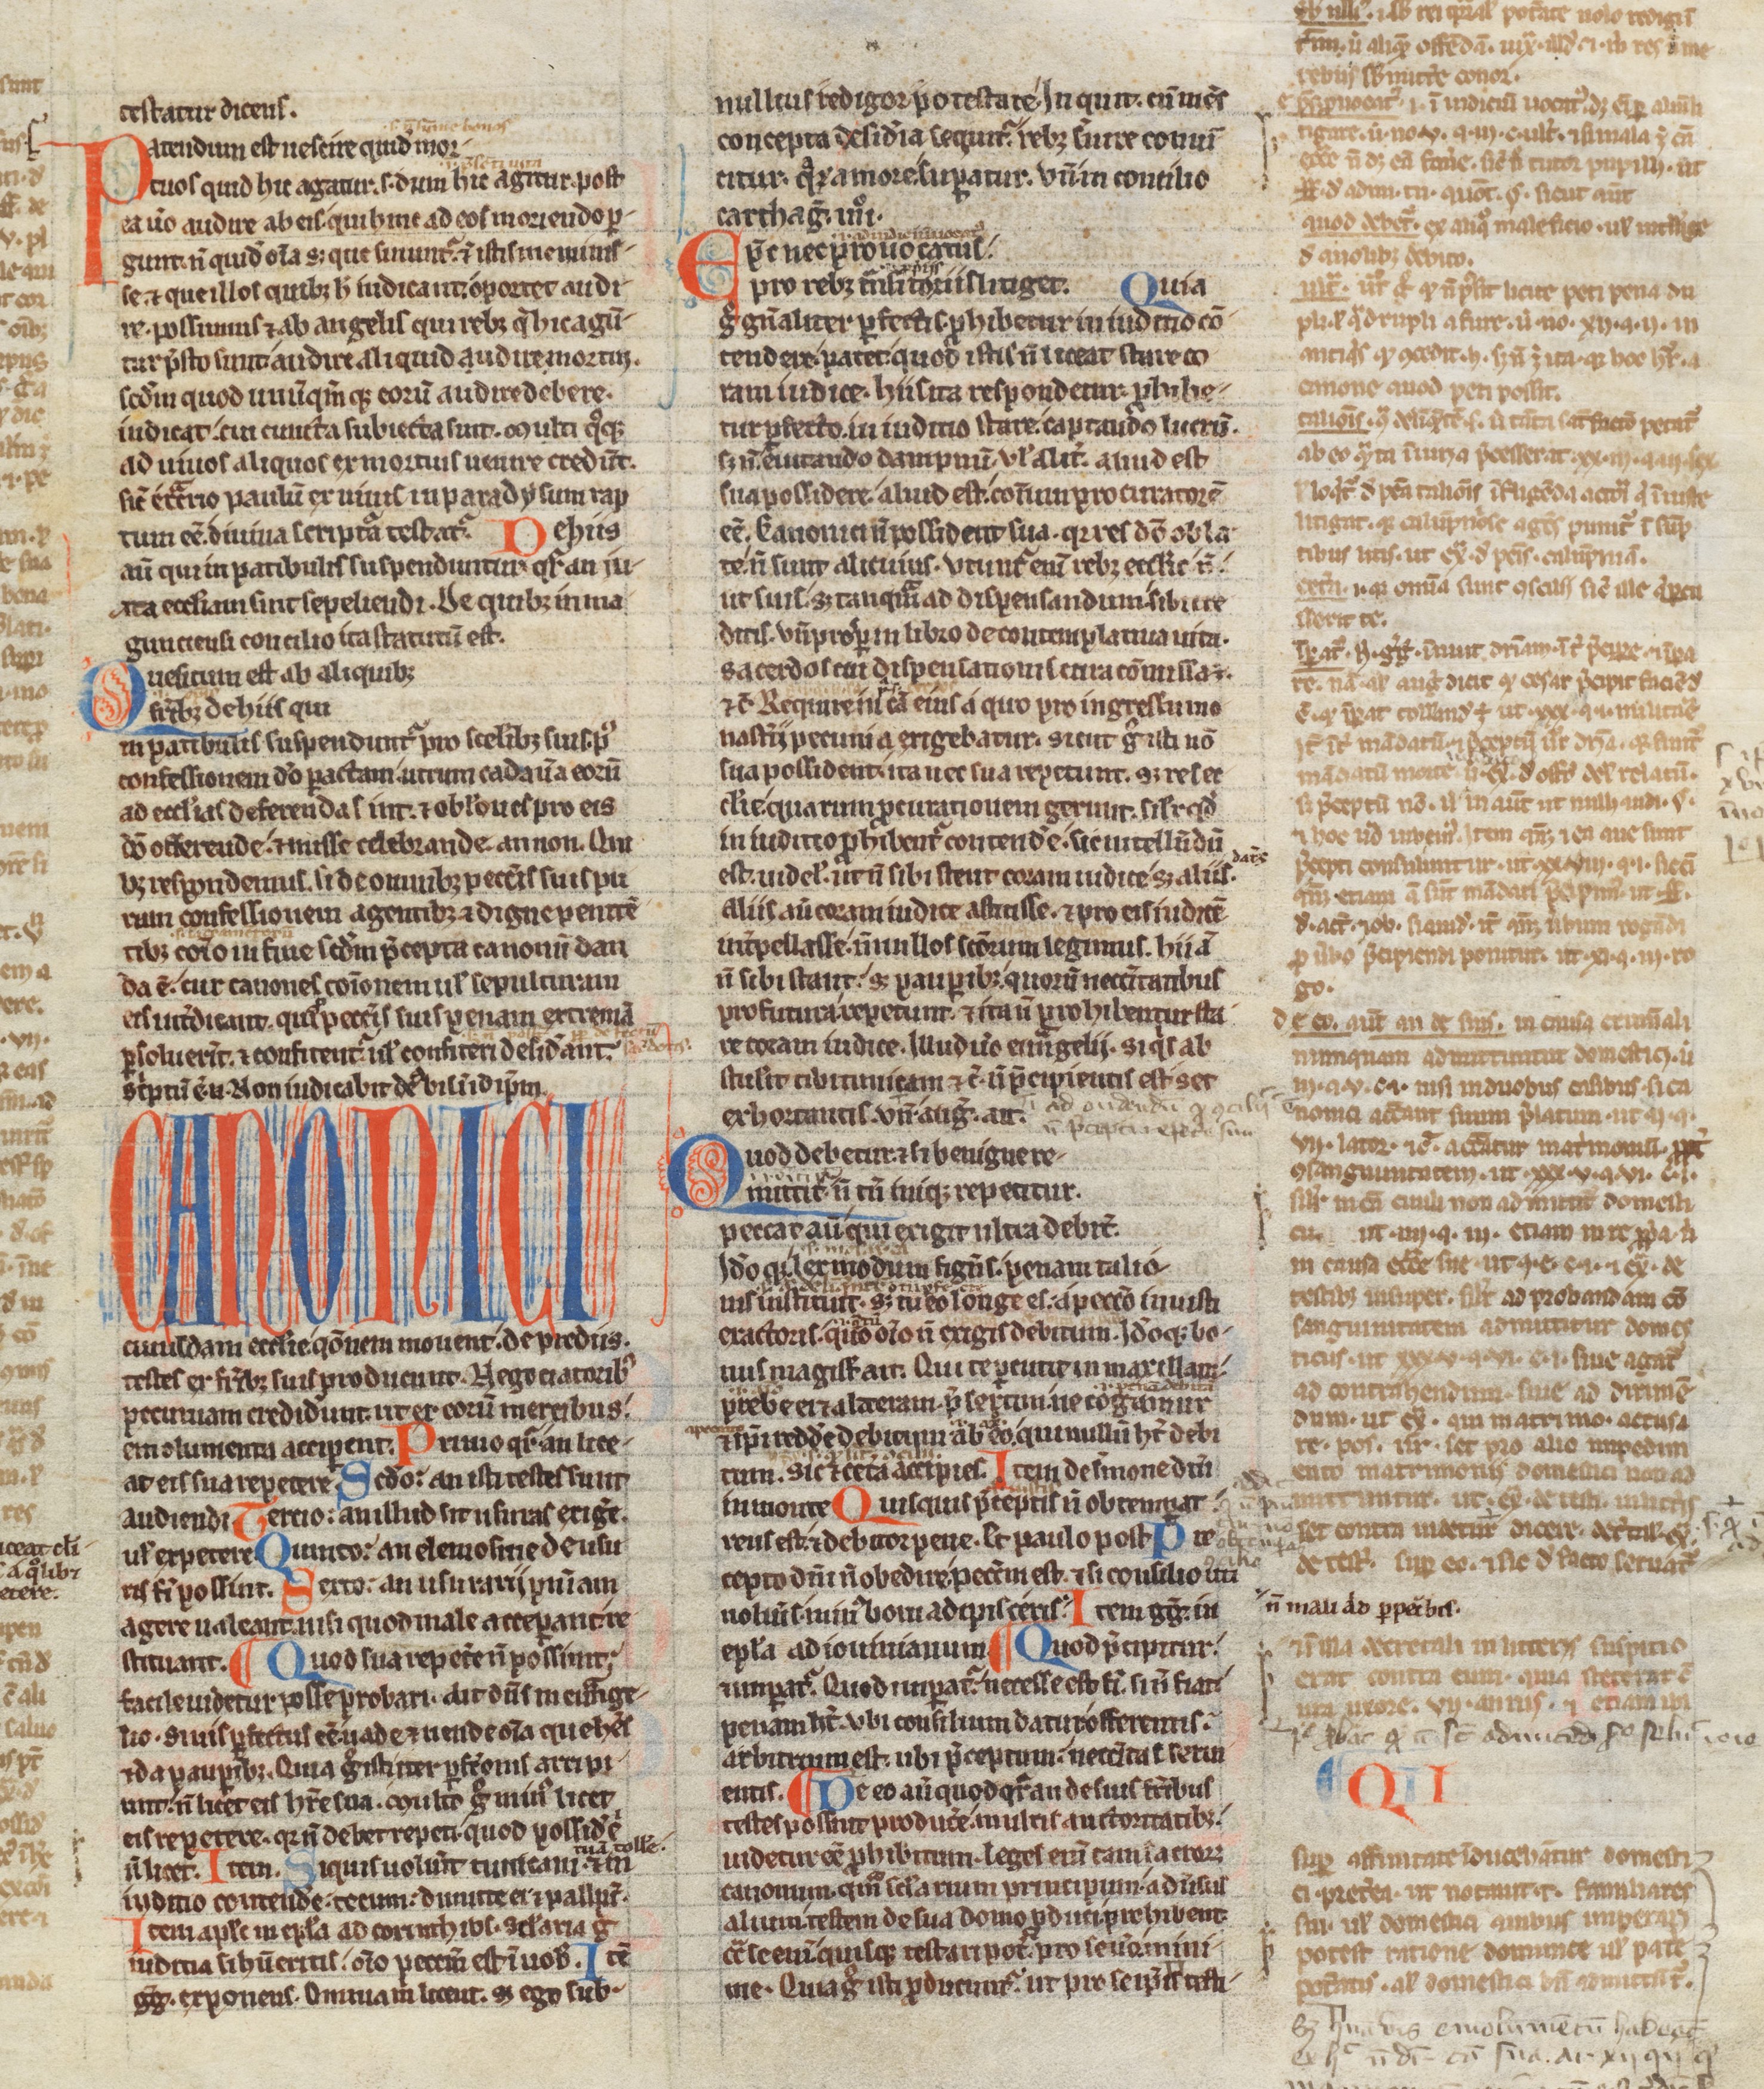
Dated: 1200–1249